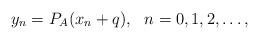
LaTeX: \begin{align*}y_{n}=P_{A}(x_{n}+q), ~~n=0,1,2,\dots, \end{align*}